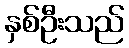
နှစ်ဦးသည်